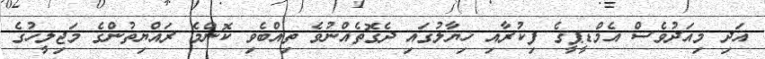
އަދި މިއަދުވެސް އެމްޑީޕީގެ ފިކުރާއި ޚިޔާލުގައި ދެގޮތެއްނުވެ ތިއްބެވި ކޮންމެ ރައްޔިތުންގެ މަޖިލީހުގެ